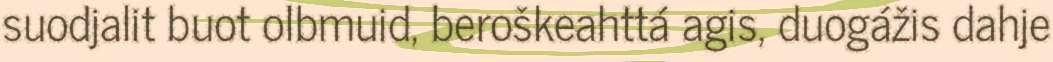
suodjalit buot olbmuid, beroškeahttá agis, duogážis dahje